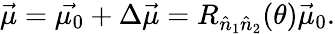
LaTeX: \vec{\mu}=\vec{\mu_{0}}+\Delta\vec{\mu}=R_{\hat{n}_{1}\hat{n}_{2}}(\theta)\vec{\mu}_{0}.